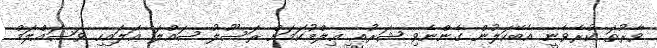
ވާރުތަ ކުރެވެނީ އެބޭކަލުން ގެންނެވި ޝަރުޢީ ޢިލްމުކަމަށް ރަސޫލު ޞައްލަ ޢަލައިހި ވަސައްލަމް